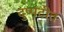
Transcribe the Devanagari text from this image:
दुप्पटीत